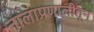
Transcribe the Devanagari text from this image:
नालाप्रणालीतून